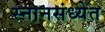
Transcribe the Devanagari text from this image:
स्नानसंध्येत